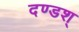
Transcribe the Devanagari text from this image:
दण्डश्